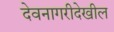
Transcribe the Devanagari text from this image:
देवनागरीदेखील